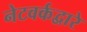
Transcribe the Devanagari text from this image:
नेटवर्कद्वारे